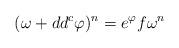
LaTeX: \begin{align*} (\omega + dd^c \varphi)^n = e^\varphi f \omega^n\end{align*}